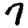
Digit: 7